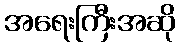
အရေးကြီးအဆို